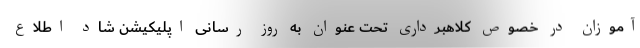
آموزان در خصوص کلاهبرداری تحت عنوان به روز رسانی اپلیکیشن شاد اطلاع